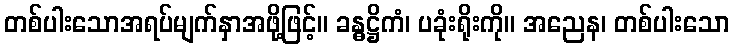
တစ်ပါးသောအရပ်မျက်နှာအဖို့ဖြင့်။ ခန္ဓဋ္ဌိကံ၊ ပခုံးရိုးကို။ အညေန၊ တစ်ပါးသော